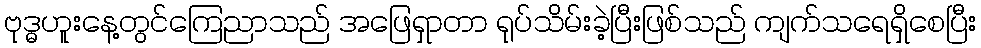
ဗုဒ္ဓဟူးနေ့တွင်ကြေညာသည် အဖြေရှာတာ ရုပ်သိမ်းခဲ့ပြီးဖြစ်သည် ကျက်သရေရှိစေပြီး